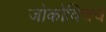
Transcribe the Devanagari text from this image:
जोकोविचचे